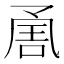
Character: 𭂶